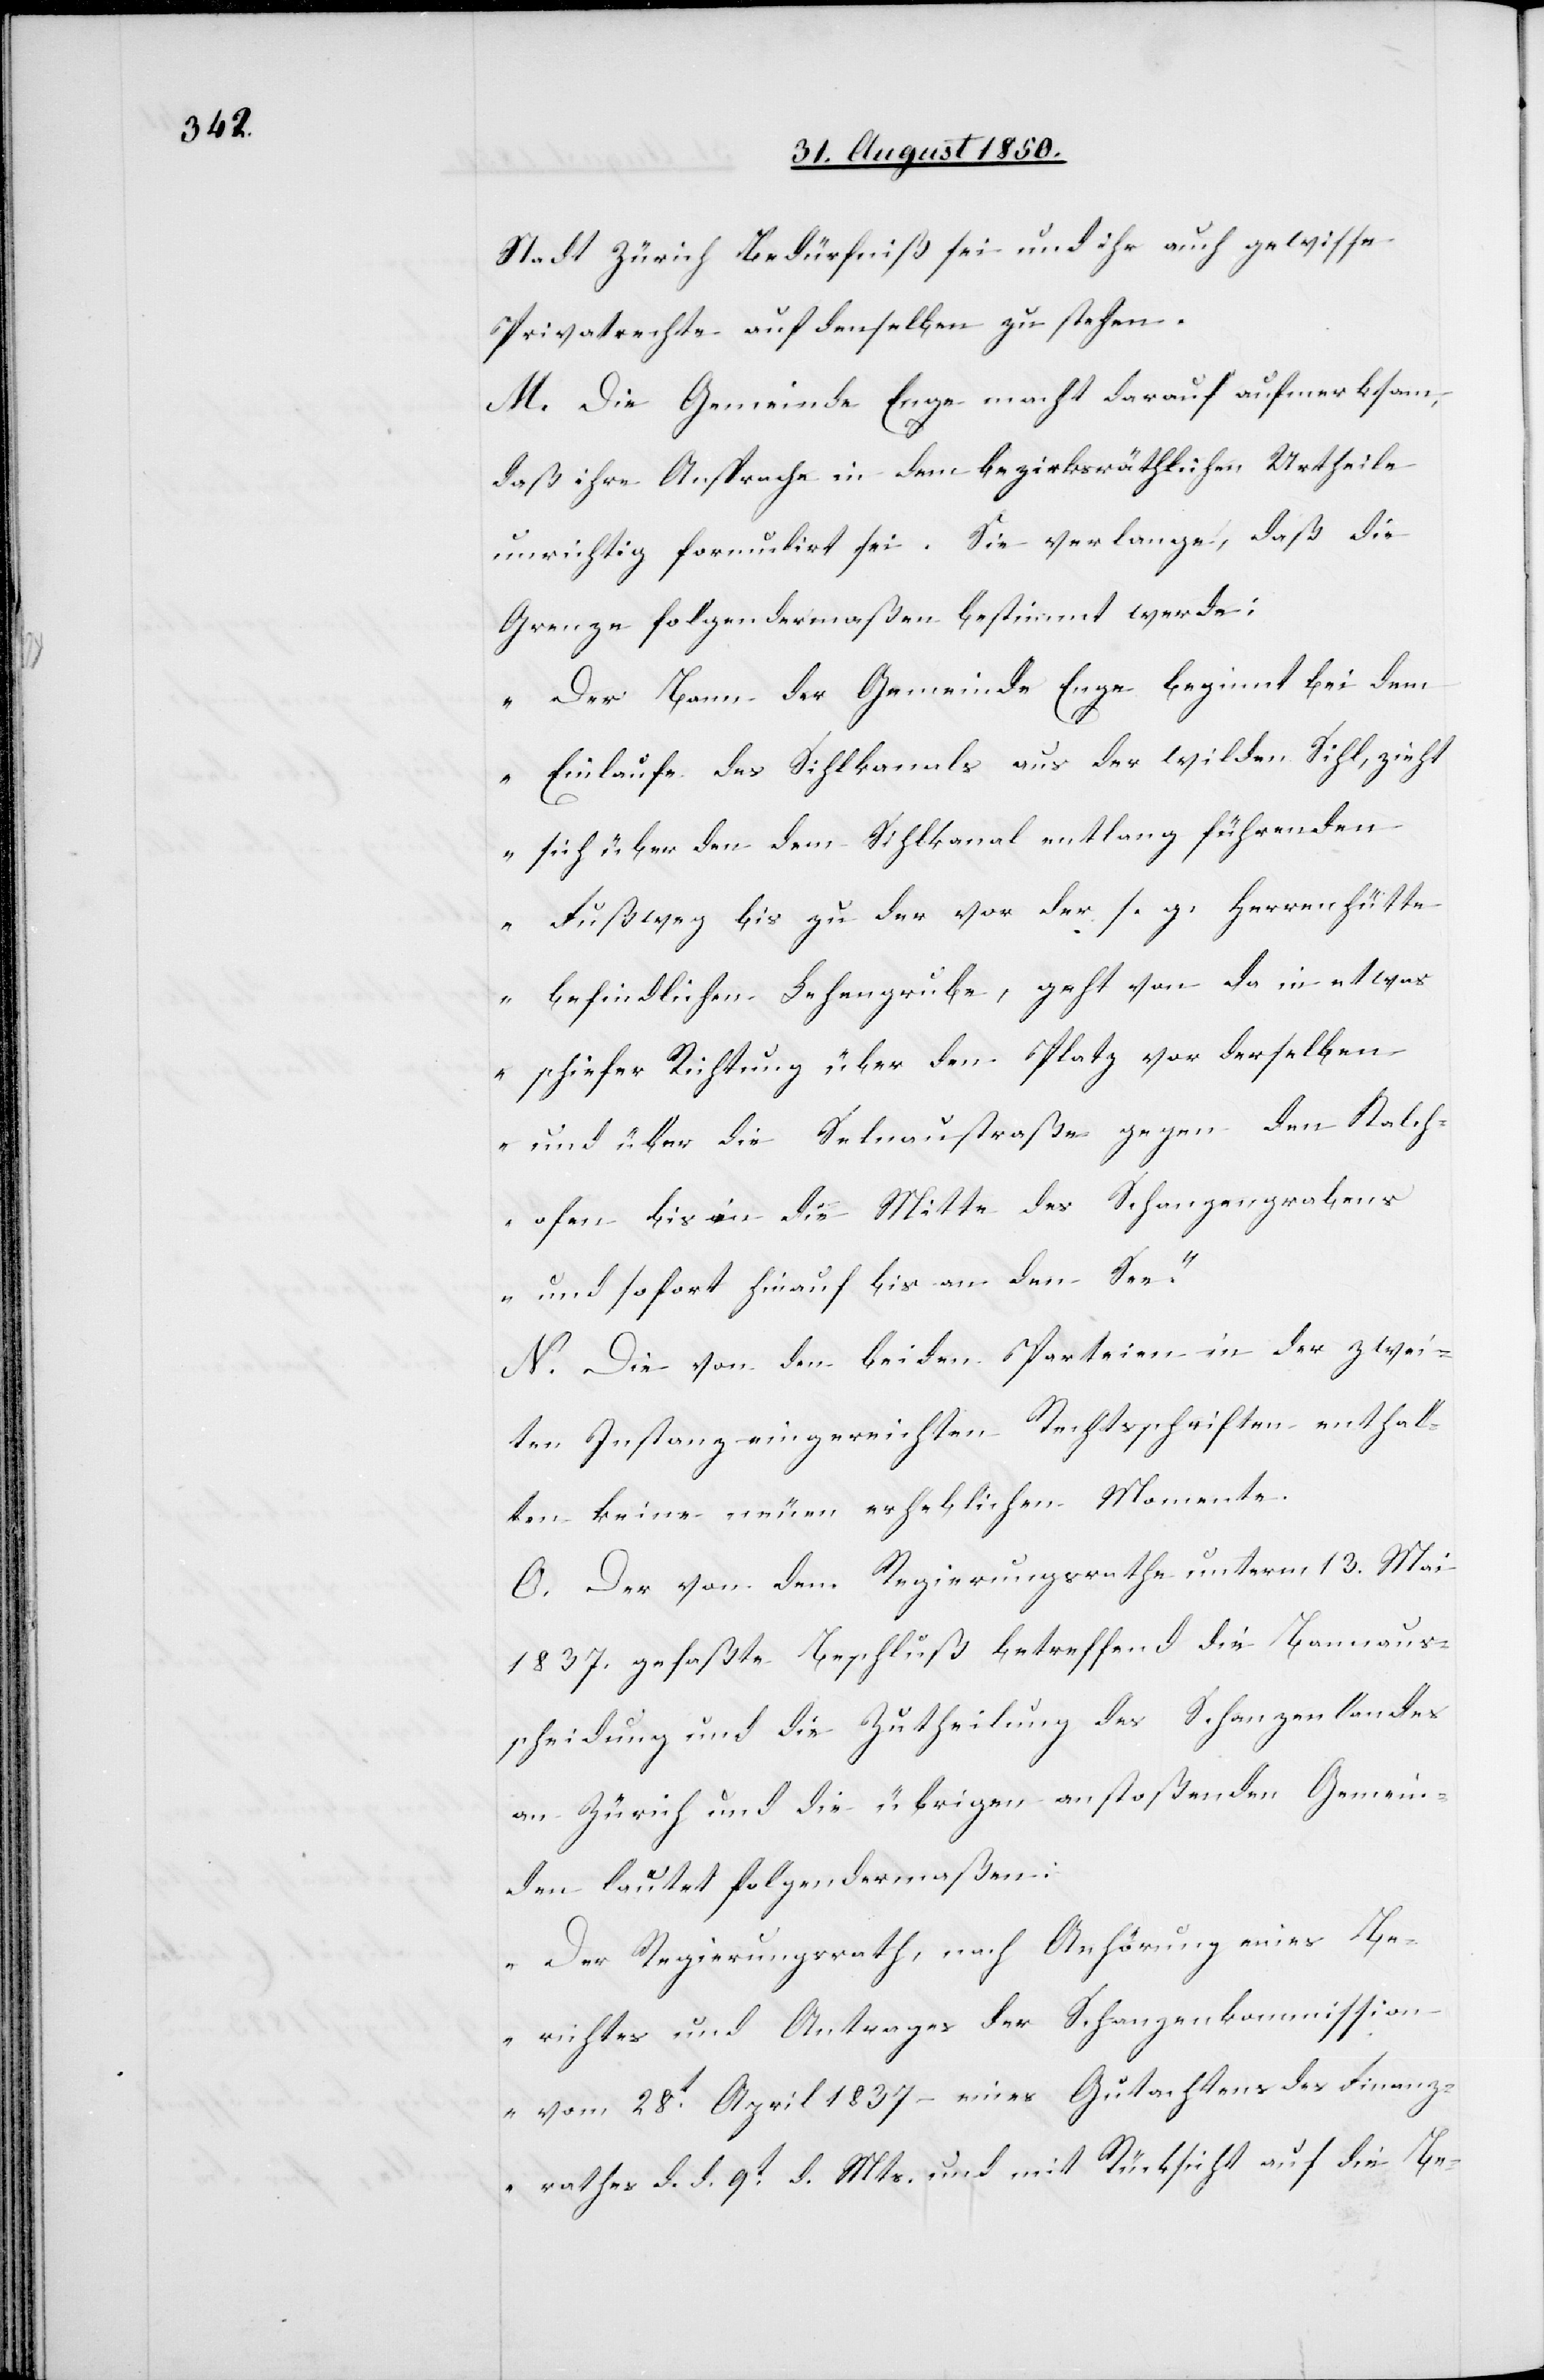
Stadt Zürich Bedürfniß sei und ihr auch gewisse
Privatrechte auf denselben zu stehen.
M. Die Gemeinde Enge macht darauf aufmerksam,
daß ihre Ansprache in dem bezirksräthlichen Urtheile
unrichtig formulirt sei. Sie verlange, daß die
Grenze folgendermaßen bestimmt werde:
„Der Bann der Gemeinde Enge beginnt bei dem
Einlaufe des Sihlkanals aus der wilden Sihl, zieht
sich über den dem Sihlkanal entlang führenden
Fußweg bis zu der vor der s. g. Herrenhütte
befindlichen Lehengrube, geht von da in etwas
schiefer Richtung über den Platz vor derselben
und über die Selnaustraße gegen den Kalch¬
ofen bis in die Mitte des Schanzengrabens
und sofort hinauf bis an den See.“
N. Die von den beiden Parteien in der zwei¬
ten Instanz eingereichten Rechtsschriften enthal¬
ten keine neuen erheblichen Momente.
O. Der von dem Regierungsrathe unterm 13. Mai
1837. gefaßte Beschluß betreffend die Bannaus¬
scheidung und die Zutheilung des Schanzenlandes
an Zürich und die übrigen anstoßenden Gemein¬
den lautet folgendermaßen:
„Der Regierungsrath, nach Anhörung eines Be¬
richtes und Antrages der Schanzenkommission
vom 28t April 1837 – eines Gutachtens des Finanz¬
rathes d. d. 9t d. Mts. und mit Rücksicht auf die Be-